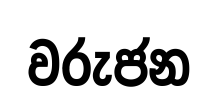
වරුජන